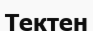
Тектен